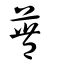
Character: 蘴